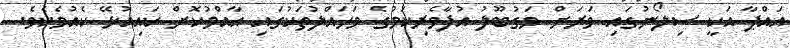
އައްޕާ އަކީ ސިލޯނުގައި ވަރަށް މަގުބޫލު އުފާވެރިކަމުގެ މަހައްލުތަކުގައި އާއްމުކޮށް ކައިއުޅޭ ކެއުމެކެވެ.